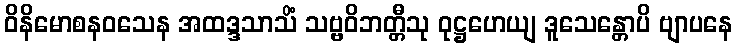
ဝိနိမောစနဝသေန အထဒ္ဒသာသိံ သဗ္ဗဝိဘတ္တီသု ဝုဋ္ဌဟေယျ ဒူသေန္တောပိ ဗျာပနေ